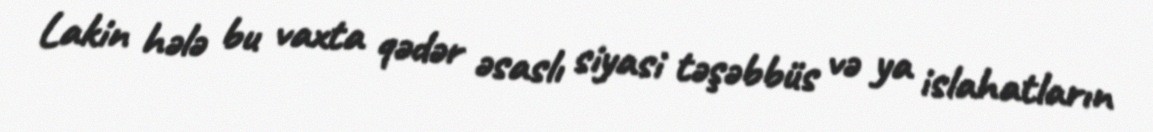
Lakin hələ bu vaxta qədər əsaslı siyasi təşəbbüs və ya islahatların